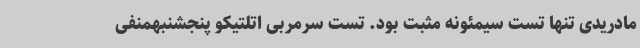
مادریدی تنها تست سیمئونه مثبت بود. تست سرمربی اتلتیکو پنجشنبهمنفی